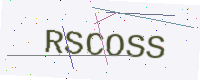
Text: RSCOSS